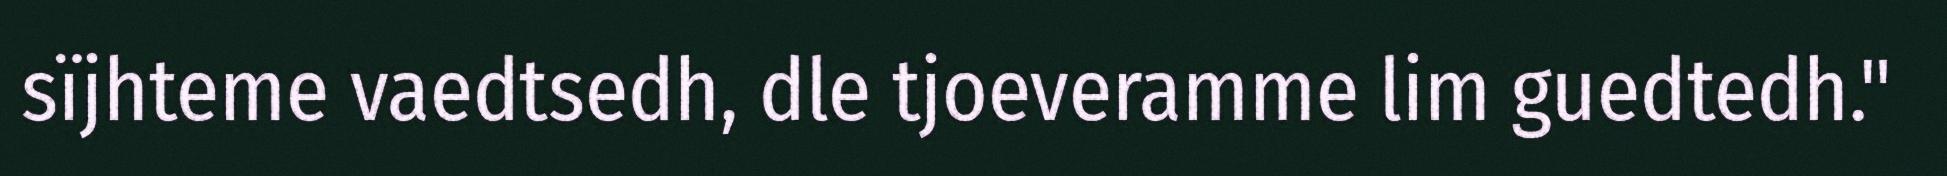
sïjhteme vaedtsedh, dle tjoeveramme lim guedtedh."